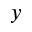
y